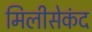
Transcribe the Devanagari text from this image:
मिलीसेकंद